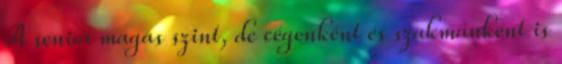
A senior magas szint, de cégenként és szakmánként is